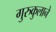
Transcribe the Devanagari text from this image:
गुरुकुलाने